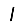
Digit: 1